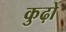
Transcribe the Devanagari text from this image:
कुढ़ो